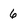
Character: 6